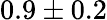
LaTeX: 0.9\pm 0.2